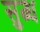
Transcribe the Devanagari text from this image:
सुब्ध